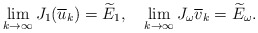
\begin{align*}\lim_{k\rightarrow\infty}J_{1}(\overline{u}_{k})=\widetilde{E}_{1},\ \ \ \lim_{k\rightarrow\infty}J_{\omega}\overline{v}_{k}=\widetilde{E}_{\omega}.\end{align*}